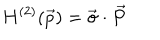
H ^ { ( 2 ) } ( \vec { p } ) = \vec { \sigma } \cdot \vec { P }